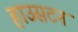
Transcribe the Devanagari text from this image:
हाउसटन